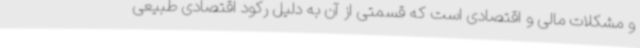
و مشکلات مالی و اقتصادی است که قسمتی از آن به دلیل رکود اقتصادی طبیعی